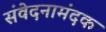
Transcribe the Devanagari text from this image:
संवेदनामंदक